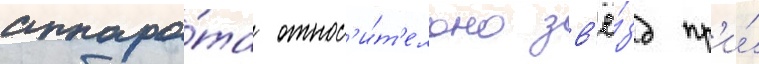
аппара́та относ'и́т'ельно зв'ё́зд пр'и́